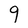
Character: q